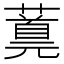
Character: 𬞪